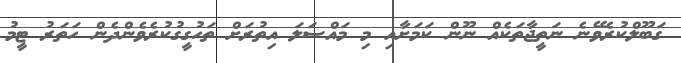
ގަބޫލްކުރެވޭނެ ނަތީޖާތަކެއް ނޫން ކަމަށާއި މި މައްސަލަ އިތުރަށް ތަހުގީގުކުރެވެންދެން ހަތަރު ޓީމު